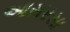
આસરસા